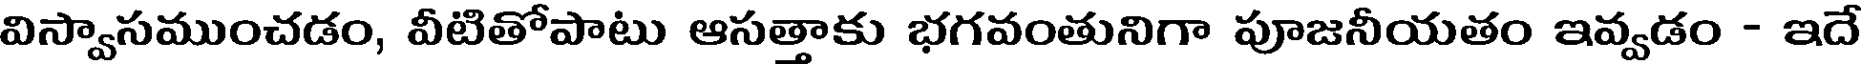
విస్వాసముంచడం, వీటితోపాటు ఆసత్తాకు భగవంతునిగా పూజనీయతం ఇవ్వడం - ఇదే